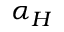
\alpha _ { H }